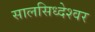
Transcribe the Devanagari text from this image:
सालसिध्‍देश्‍वर